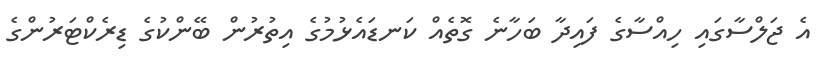
އެ ޖަލްސާގައި ހިއްސާގެ ފައިދާ ބަހާނެ ގޮތެއް ކަނޑައެޅުމުގެ އިތުރުން ބޭންކުގެ ޑިރެކްޓަރުންގެ